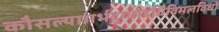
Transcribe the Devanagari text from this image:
कौसल्यागर्भदुग्धोदधिविमलविधो